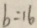
b = 1 6